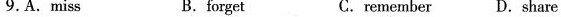
9.A.Miss B. forget C.remember D.share